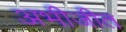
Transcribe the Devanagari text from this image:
अभीजीत